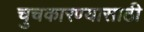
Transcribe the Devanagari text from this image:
चुचकारण्यासाठी